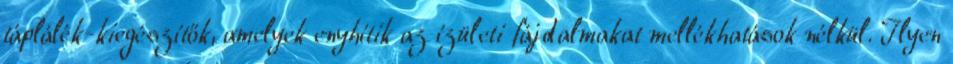
táplálék-kiegészítők, amelyek enyhítik az ízületi fájdalmakat mellékhatások nélkül. Ilyen